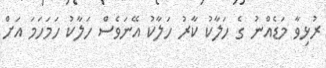
ރުޅިވާ މަޑެއްނު ގެ ހަލާކު ކާރު ހަލާކު އޭނަވެސް ހަލާކު ހަމަހަމަ އަށް